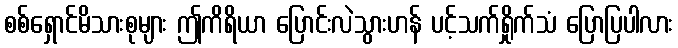
စစ်ရှောင်မိသားစုများ ဤကိရိယာ ပြောင်းလဲသွားဟန် ပင့်သက်ရှိုက်သံ ပြောပြပါလား